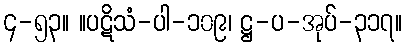
၄-၅၃။ ။ပဋိသံ-ပါ-၁၀၉၊ ဋ္ဌ-ပ-အုပ်-၃၁၇။